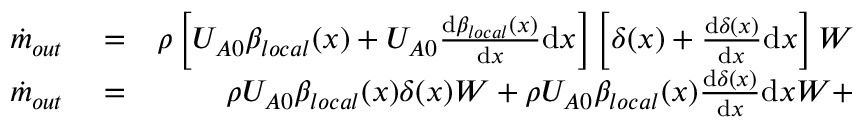
\begin{array} { r l r } { \dot { m } _ { o u t } } & { { } = } & { \rho \left[ U _ { A 0 } \beta _ { l o c a l } ( x ) + U _ { A 0 } \frac { \mathrm { d } \beta _ { l o c a l } ( x ) } { \mathrm { d } x } \mathrm { d } x \right] \left[ \delta ( x ) + \frac { \mathrm { d } \delta ( x ) } { \mathrm { d } x } \mathrm { d } x \right] W } \\ { \dot { m } _ { o u t } } & { { } = } & { \rho U _ { A 0 } \beta _ { l o c a l } ( x ) \delta ( x ) W + \rho U _ { A 0 } \beta _ { l o c a l } ( x ) \frac { \mathrm { d } \delta ( x ) } { \mathrm { d } x } \mathrm { d } x W + } \end{array}